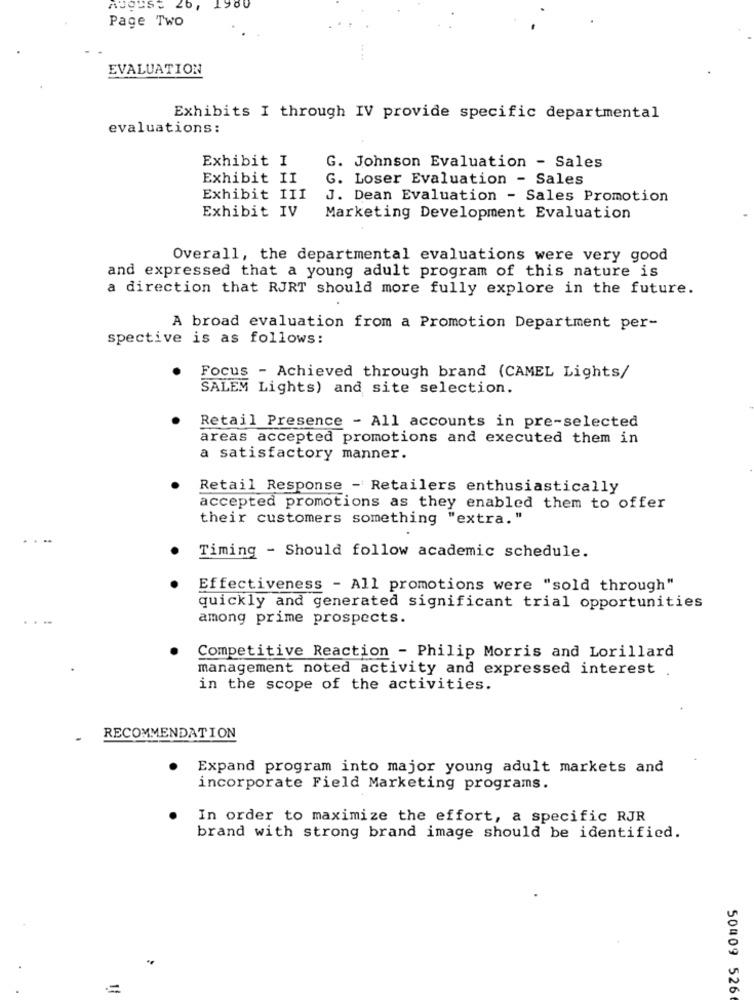
Page Two
EVALUATION
Exhibits I through IV provide specific departmental
evaluations :
Exhibit I
G. Johnson Evaluation - Sales
Exhibit II
G. Loser Evaluation - Sales
Exhibit III
J. Dean Evaluation - Sales Promotion
Exhibit IV
Marketing Development Evaluation
Overall, the departmental evaluations were very good
and expressed that a young adult program of this nature is
a direction that RJRT should more fully explore in the future.
A broad evaluation from a Promotion Department per-
spective is as follows:
Focus - Achieved through brand (CAMEL Lights/
SALEM Lights) and site selection.
Retail Presence - All accounts in pre-selected
areas accepted promotions and executed them in
a satisfactory manner.
Retail Response - Retailers enthusiastically
accepted promotions as they enabled them to offer
their customers something "extra. "
Timing - Should follow academic schedule.
Effectiveness - All promotions were "sold through"
quickly and generated significant trial opportunities
among prime prospects.
Competitive Reaction - Philip Morris and Lorillard
management noted activity and expressed interest .
in the scope of the activities.
RECOMMENDATION
Expand program into major young adult markets and
incorporate Field Marketing programs.
In order to maximize the effort, a specific RJR
brand with strong brand image should be identified.
=
50409 526